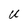
Character: u